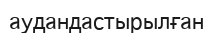
аудандастырылған